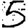
Digit: 5